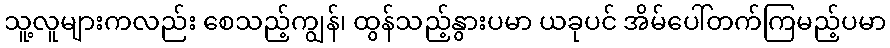
သူ့လူများကလည်း စေသည့်ကျွန်၊ ထွန်သည့်နွားပမာ ယခုပင် အိမ်ပေါ်တက်ကြမည့်ပမာ